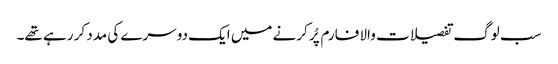
سب لوگ تفصیلات والا فارم پُر کرنے میں ایک دوسرے کی مدد کر رہے تھے۔